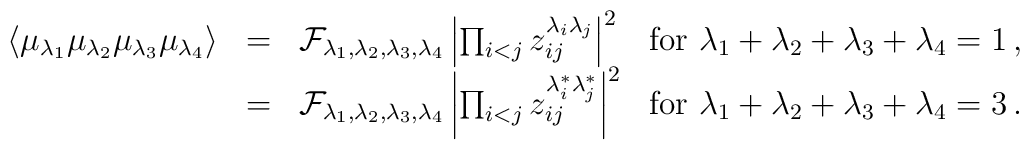
\begin{array}{rcll}    \langle\mu_{\lambda_1}\mu_{\lambda_2}\mu_{\lambda_3}    \mu_{\lambda_4}\rangle      &=&    \mathcal{F}_{\lambda_1,\lambda_2,\lambda_3,\lambda_4}    \left|      \prod_{i<j} z_{ij}^{\lambda_i\lambda_j}    \right|^2    &    \hbox{for $\lambda_1+\lambda_2+\lambda_3+\lambda_4=1$}    \,,     \\    &=&    \mathcal{F}_{\lambda_1,\lambda_2,\lambda_3,\lambda_4}    \left|      \prod_{i<j} z_{ij}^{\lambda_i^*\lambda_j^*}    \right|^2    &    \hbox{for $\lambda_1+\lambda_2+\lambda_3+\lambda_4=3$}    \,.  \end{array}